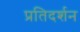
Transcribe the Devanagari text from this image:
प्रतिदर्शन